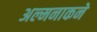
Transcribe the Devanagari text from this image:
अल्मनाकने